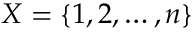
X = \{ 1 , 2 , \ldots , n \}